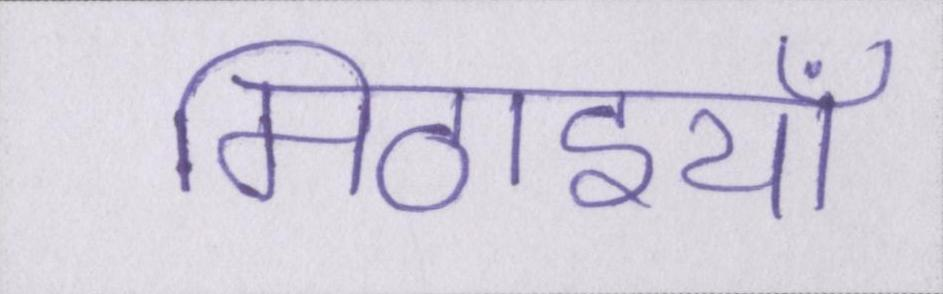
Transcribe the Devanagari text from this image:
मिठाइयाँ